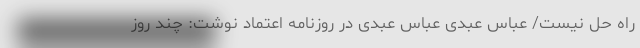
راه ‌حل نیست/ عباس عبدی عباس عبدی در روزنامه اعتماد نوشت: چند روز